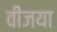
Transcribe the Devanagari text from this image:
वीजया